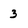
Character: 3